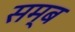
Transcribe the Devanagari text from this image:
सम्ब